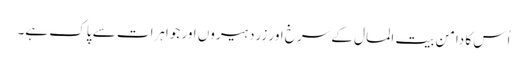
اُس کا دامن بیت المال کے سرخ اور زرد ہیروں اور جواہرات سے پاک ہے۔